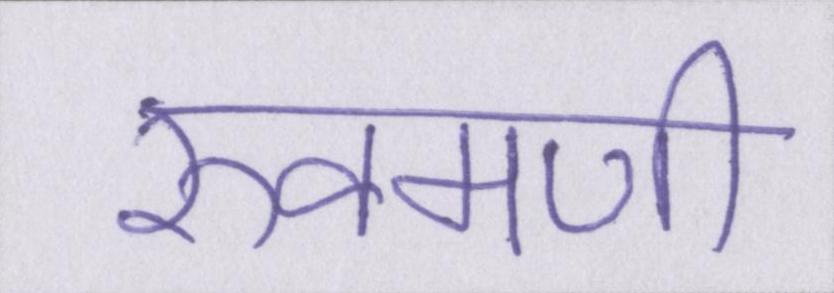
रुक्मणी